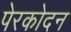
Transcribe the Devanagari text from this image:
पेरकोदन